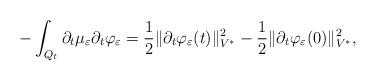
LaTeX: \begin{align*} - \int_{Q_t} \partial_t \mu_{\varepsilon} \partial_t \varphi_{\varepsilon} = \frac{1}{2} \| \partial_t \varphi_{\varepsilon} (t) \|^2_{V^*} - \frac{1}{2} \| \partial_t \varphi_{\varepsilon}(0) \|^2_{V^*} ,\end{align*}